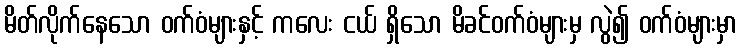
မိတ်လိုက်နေသော ဝက်ဝံများနှင့် ကလေး ငယ် ရှိသော မိခင်ဝက်ဝံများမှ လွဲ၍ ဝက်ဝံများမှာ